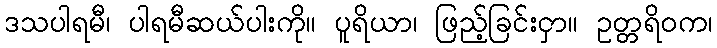
ဒသပါရမီ၊ ပါရမီဆယ်ပါးကို။ ပူရိယာ၊ ဖြည့်ခြင်းငှာ။ ဥတ္တရိဝက၊